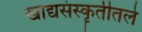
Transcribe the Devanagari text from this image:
खाद्यसंस्कॄतीतले